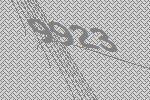
9923